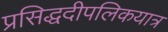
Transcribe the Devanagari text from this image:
प्रसिद्धदीपलिकयात्र